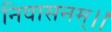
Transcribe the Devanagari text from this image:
निवासनम्।।